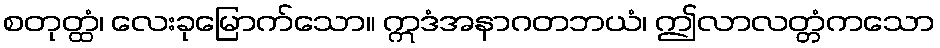
စတုတ္ထံ၊ လေးခုမြောက်သော။ ဣဒံအနာဂတဘယံ၊ ဤလာလတ္တံကသော